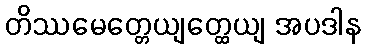
တိဿမေတ္တေယျတ္ထေယျ အပဒါန